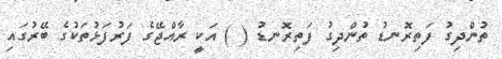
ތުންދިގު ފަތިރޮނޑު ތުންދިގު ފަތިރޮނޑު ( ) އަކީ ރާއްޖޭގެ ފަރުފަޅުތަކުގެ ބޭރުގައި